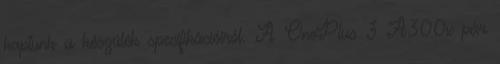
kaptunk a készülék specifikációiról. A OnePlus 3 A300x pár